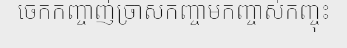
ចេកកញ្ចាញ់ច្រាសកញ្ចាមកញ្ចាស់កញ្ចុះ